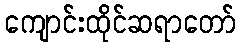
ကျောင်းထိုင်ဆရာတော်